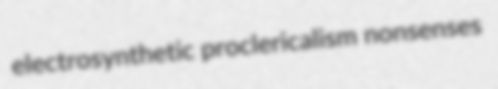
electrosynthetic proclericalism nonsenses